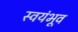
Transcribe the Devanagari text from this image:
स्वयंभूव